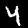
Label: 4